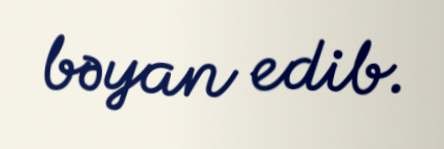
bəyan edib.